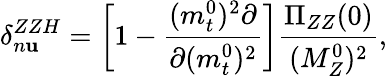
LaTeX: \delta_{n\mathbf{u}}^{ZZH}=\left[1-{\frac{{(m_{t}^{0})^{2}\partial}}{{\partial(m_{t}^{0})^{2}}}}\right]{\frac{{\Pi_{ZZ}(0)}}{{(M_{Z}^{0})^{2}}}},